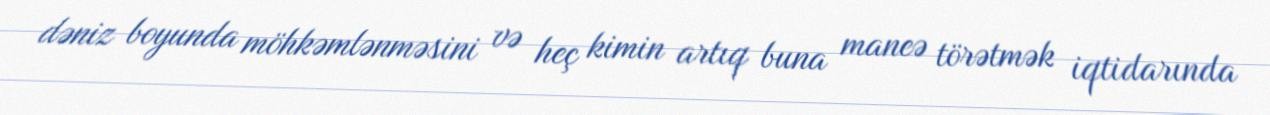
dəniz boyunda möhkəmlənməsini və heç kimin artıq buna maneə törətmək iqtidarında